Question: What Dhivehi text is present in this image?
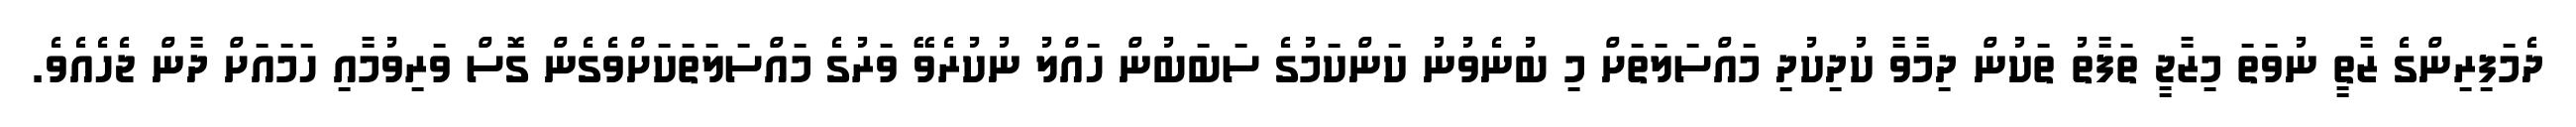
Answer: ދެމަފިރިންގެ ޒާތީ ނުވަތަ މިޒާޖީ ތަފާތު ތަކުން ދިމާވާ ކުދިކުދި މައްސަލަތަށް މި ބުނެވުނު ކަންކަމުގެ ސަބަބުން ހައްލު ނުކުރެވޭ ވަރުގެ މައްސަލަތަކަށްވެގެން ގޮސް ވަރިވުމާއި ހަމައަށް ދާން ޖެހެއެވެ.